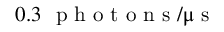
0 . 3 ~ \mathrm { ~ p ~ h ~ o ~ t ~ o ~ n ~ s ~ } / \upmu \mathrm { ~ s ~ }